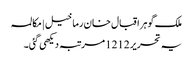
ملک گوہر اقبال خان رما خیل | مکالمہ
یہ تحریر 1212 مرتبہ دیکھی گئی۔